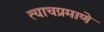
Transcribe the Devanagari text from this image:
त्‍याचप्रमाणे